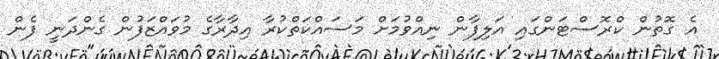
އެ ގޮތުން ކްރޮސްޓަންގައި އަލިފާން ނިއްވުމަށް މަސައްކަތްކުރާ އިދާރާގެ މުވައްޒަފުން ގެންދަނީ ފެން